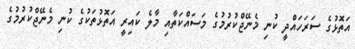
އަތޮޅުގެ ސަރަހައްދީ ކުނި މެނޭޖްކުރުމުގެ މަސައްކަތާއި މާލެ ކައިރީ އަތޮޅުތަކުގެ ކުނި މެނޭޖްކުރުމުގެ